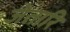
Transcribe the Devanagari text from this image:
जेतारि